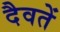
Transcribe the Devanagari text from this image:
दैवतें